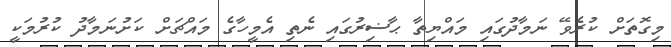
މިގޮތަށް ކުރެވޭ ނަމާދުގައި މައްޔިތާ ޙާޟިރުގައި ނެތި އެމީހާގެ މައްޗަށް ކަށުނަމާދު ކުރުމަކީ